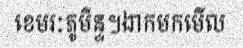
ខេមរៈភូមិន្ទ។ងាកមកមើល